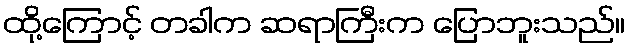
ထို့ကြောင့် တခါက ဆရာကြီးက ပြောဘူးသည်။